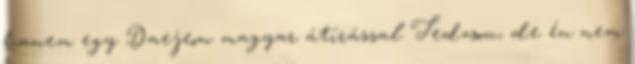
hanem egy Daejeon magyar átírással Tedzson, de én nem